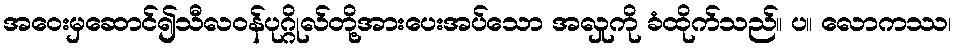
အဝေးမှဆောင်၍သီလဝန်ပုဂ္ဂိုလ်တို့အားပေးအပ်သော အလှုကို ခံထိုက်သည်။ ပ။ လောကဿ၊